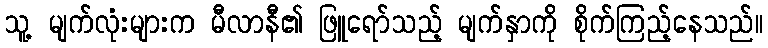
သူ့ မျက်လုံးများက မီလာနီ၏ ဖြူရော်သည့် မျက်နှာကို စိုက်ကြည့်နေသည်။